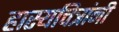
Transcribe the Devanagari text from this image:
हास्यचित्रांनी